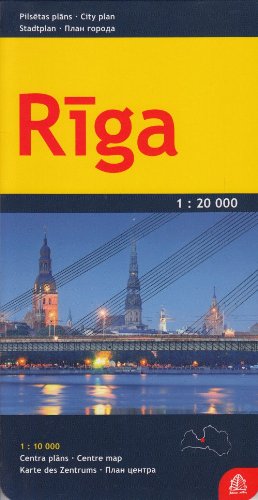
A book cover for Riga (Street Map); Travel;